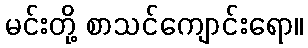
မင်းတို့ စာသင်ကျောင်းရော။